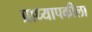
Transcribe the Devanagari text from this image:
प्राध्यापकीला